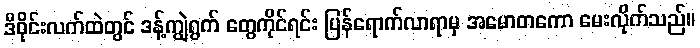
ဒီဝိုင်းလက်ထဲတွင် ဒန့်ကျွဲရွက် တွေကိုင်ရင်း ပြန်ရောက်လာရာမှ အမောတကော မေးလိုက်သည်။